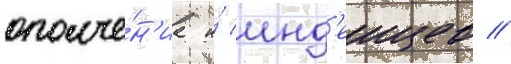
ополче́н'иа и́ инд'еицев //